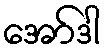
အော်ဒါ